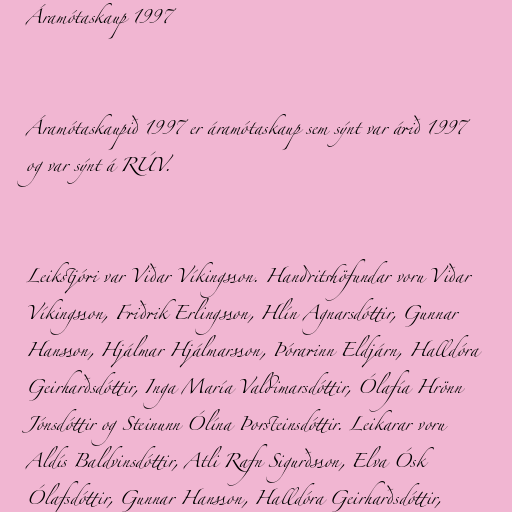
Áramótaskaup 1997

Áramótaskaupið 1997 er áramótaskaup sem sýnt var árið 1997
og var sýnt á RÚV.

Leikstjóri var Viðar Víkingsson. Handritshöfundar voru Viðar
Víkingsson, Friðrik Erlingsson, Hlín Agnarsdóttir, Gunnar
Hansson, Hjálmar Hjálmarsson, Þórarinn Eldjárn, Halldóra
Geirharðsdóttir, Inga María Valdimarsdóttir, Ólafía Hrönn
Jónsdóttir og Steinunn Ólína Þorsteinsdóttir. Leikarar voru
Aldís Baldvinsdóttir, Atli Rafn Sigurðsson, Elva Ósk
Ólafsdóttir, Gunnar Hansson, Halldóra Geirharðsdóttir,